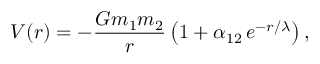
V ( r ) = - \frac { G m _ { 1 } m _ { 2 } } { r } \left( 1 + \alpha _ { 1 2 } \, e ^ { - r / \lambda } \right) ,